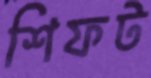
শিফট